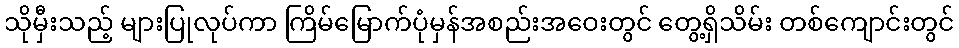
သိုမှီးသည့် များပြုလုပ်ကာ ကြိမ်မြောက်ပုံမှန်အစည်းအဝေးတွင် တွေ့ရှိသိမ်း တစ်ကျောင်းတွင်